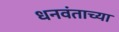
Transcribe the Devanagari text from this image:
धनवंताच्या